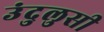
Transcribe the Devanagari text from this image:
उंदुलुसी